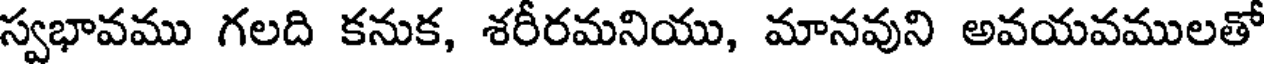
స్వభావము గలది కనుక, శరీరమనియు, మానవుని అవయవములతో